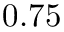
0 . 7 5